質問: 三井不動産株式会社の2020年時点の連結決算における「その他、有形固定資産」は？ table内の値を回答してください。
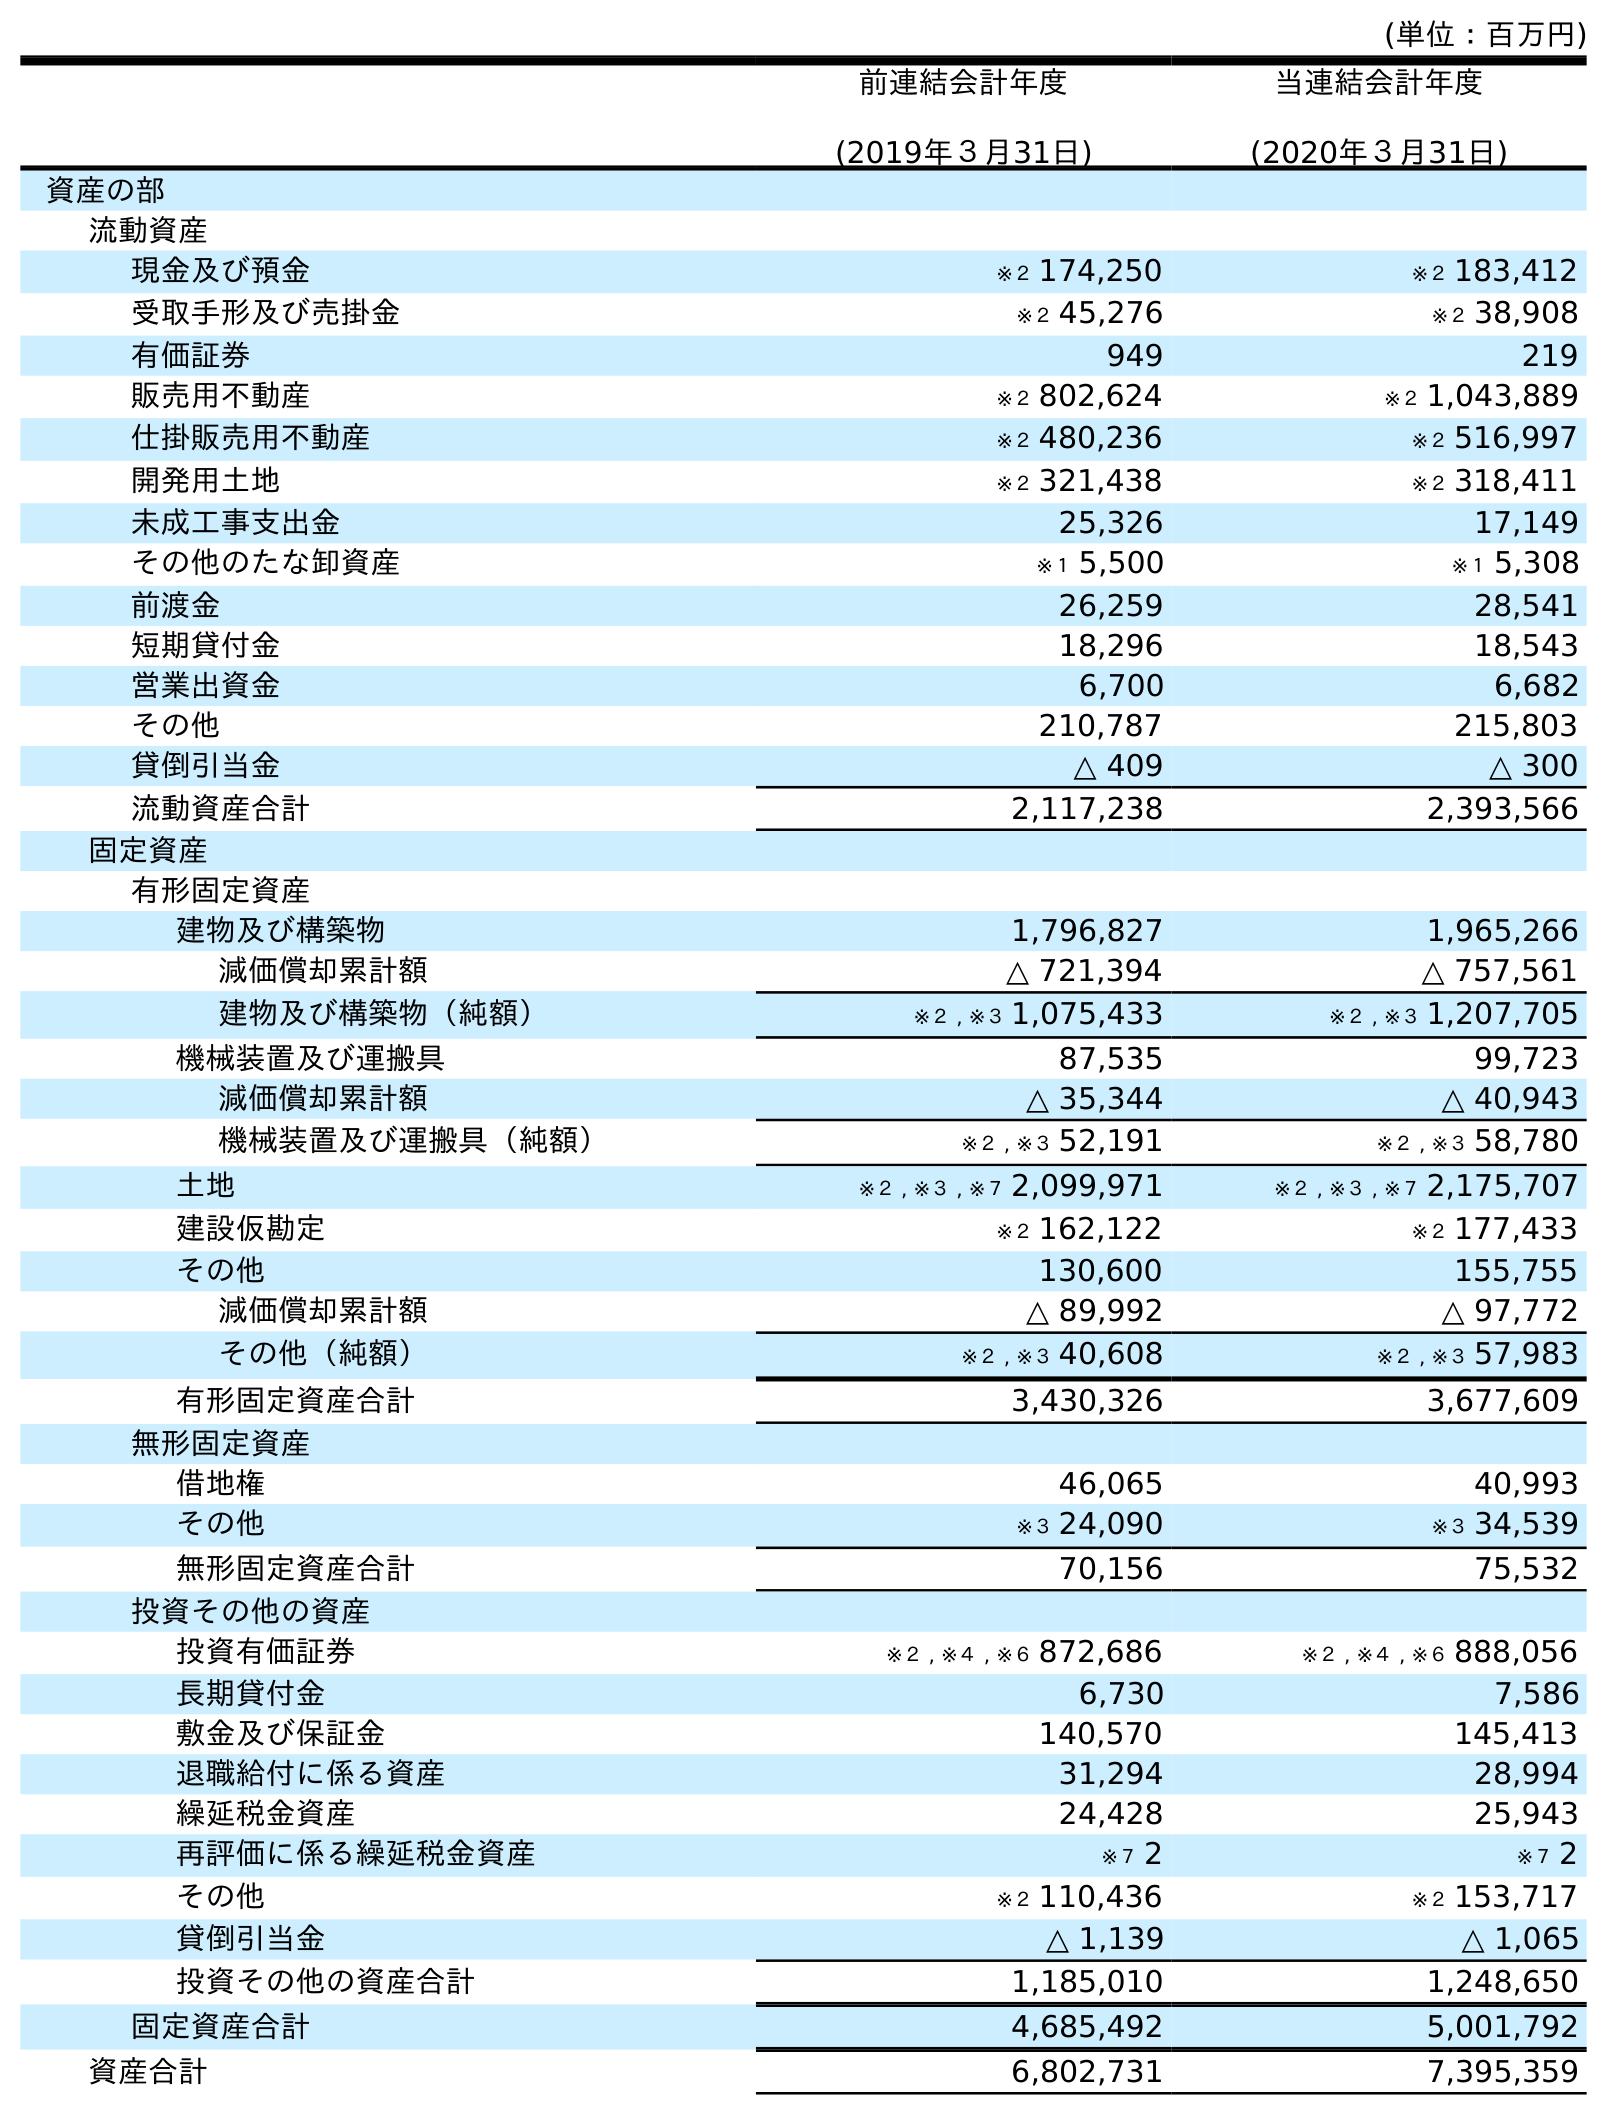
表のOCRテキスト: (単位：百万円) 前連結会計年度 (2019年３月31日) 当連結会計年度 (2020年３月31日) 資産の部 流動資産 現金及び預金 ※２ 174,250 ※２ 183,412 受取手形及び売掛金 ※２ 45,276 ※２ 38,908 有価証券 949 219 販売用不動産 ※２ 802,624 ※２ 1,043,889 仕掛販売用不動産 ※２ 480,236 ※２ 516,997 開発用土地 ※２ 321,438 ※２ 318,411 未成工事支出金 25,326 17,149 その他のたな卸資産 ※１ 5,500 ※１ 5,308 前渡金 26,259 28,541 短期貸付金 18,296 18,543 営業出資金 6,700 6,682 その他 210,787 215,803 貸倒引当金 △ 409 △ 300 流動資産合計 2,117,238 2,393,566 固定資産 有形固定資産 建物及び構築物 1,796,827 1,965,266 減価償却累計額 △ 721,394 △ 757,561 建物及び構築物（純額） ※２ , ※３ 1,075,433 ※２ , ※３ 1,207,705 機械装置及び運搬具 87,535 99,723 減価償却累計額 △ 35,344 △ 40,943 機械装置及び運搬具（純額） ※２ , ※３ 52,191 ※２ , ※３ 58,780 土地 ※２ , ※３ , ※７ 2,099,971 ※２ , ※３ , ※７ 2,175,707 建設仮勘定 ※２ 162,122 ※２ 177,433 その他 130,600 155,755 減価償却累計額 △ 89,992 △ 97,772 その他（純額） ※２ , ※３ 40,608 ※２ , ※３ 57,983 有形固定資産合計 3,430,326 3,677,609 無形固定資産 借地権 46,065 40,993 その他 ※３ 24,090 ※３ 34,539 無形固定資産合計 70,156 75,532 投資その他の資産 投資有価証券 ※２ , ※４ , ※６ 872,686 ※２ , ※４ , ※６ 888,056 長期貸付金 6,730 7,586 敷金及び保証金 140,570 145,413 退職給付に係る資産 31,294 28,994 繰延税金資産 24,428 25,943 再評価に係る繰延税金資産 ※７ 2 ※７ 2 その他 ※２ 110,436 ※２ 153,717 貸倒引当金 △ 1,139 △ 1,065 投資その他の資産合計 1,185,010 1,248,650 固定資産合計 4,685,492 5,001,792 資産合計 6,802,731 7,395,359
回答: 155,755